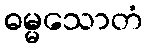
ဓမ္မသောတံ